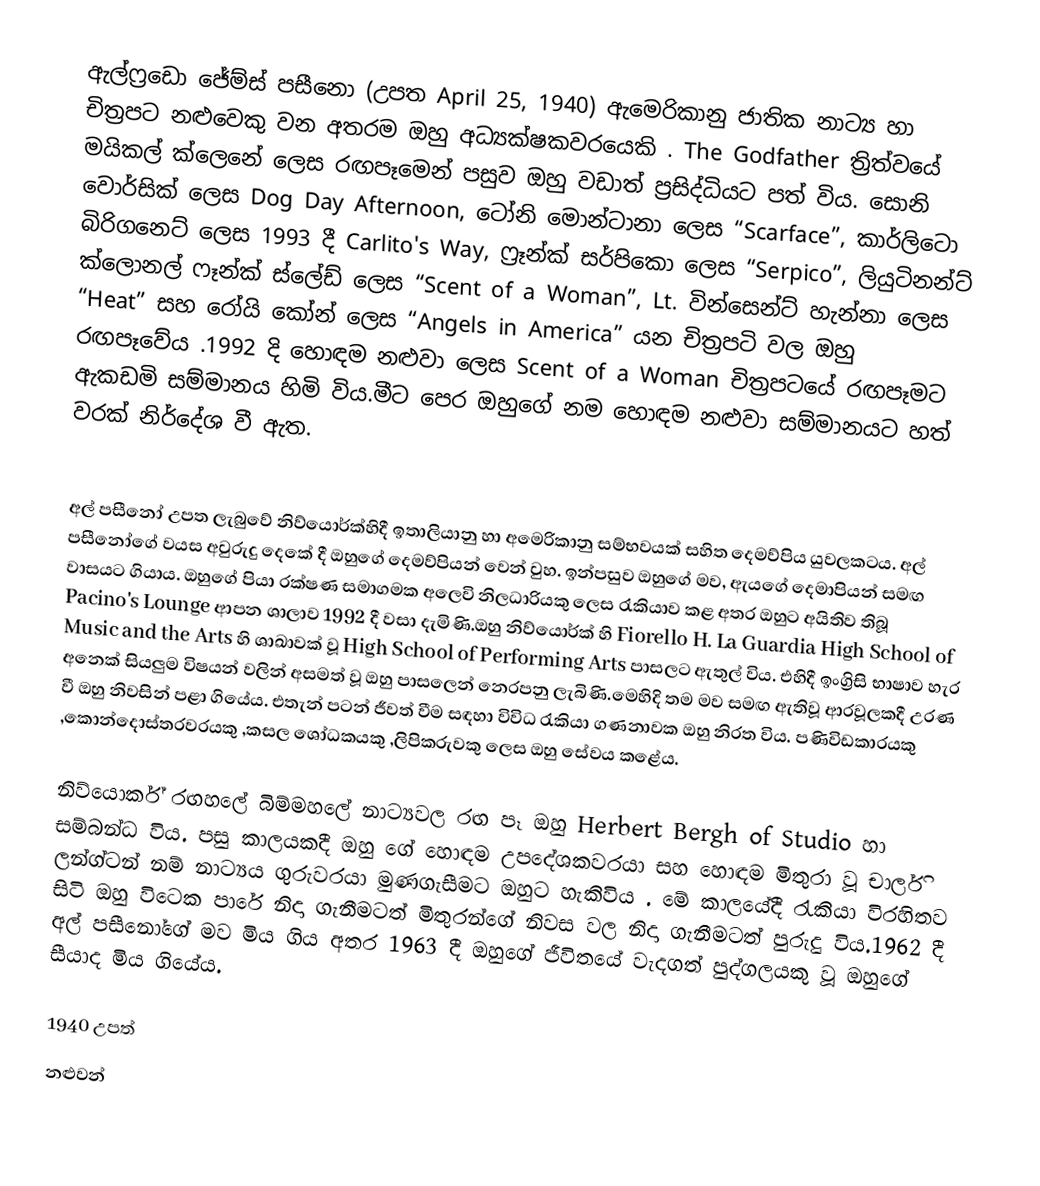
ඇල්ෆ්‍රඩො ජේම්ස් පසීනො (උපත April 25, 1940) ඇමෙරිකානු ජාතික නාට්‍ය හා චිත්‍රපට නළුවෙකු වන අතරම ඔහු  අධ්‍යක්ෂකවරයෙකි . The Godfather ත්‍රිත්වයේ මයිකල් ක්ලෙනේ ලෙස රඟපෑමෙන් පසුව ඔහු වඩාත් ප්‍රසිද්ධියට පත් විය. සොනි වොර්සික් ලෙස Dog Day Afternoon, ටෝනි මොන්ටානා ලෙස “Scarface”, කාර්ලිටො බිරිගනෙට් ලෙස 1993 දී Carlito's Way, ෆ්‍රෑන්ක් සර්පිකො ලෙස “Serpico”, ලියුටිනන්ට් ක්ලොනල් ෆෑන්ක් ස්ලේඩ් ලෙස “Scent of a Woman”, Lt. වින්සෙන්ට් හැන්නා ලෙස “Heat” සහ රෝයි කෝන් ලෙස “Angels in America” යන චිත්‍රපටි වල ඔහු රඟපෑවේය .1992 දි හොඳම නළුවා ලෙස Scent of a Woman චිත්‍රපටයේ රඟපෑමට  ඇකඩමි සම්මානය හිමි විය.මීට පෙර ඔහුගේ නම හොඳම නළුවා සම්මානයට හත් වරක් නිර්දේශ වී ඇත.

අල් පසීනෝ උපත ලැබුවේ  නිව්යොර්ක්හිදී ඉතාලියානු හා අමෙරිකානු සම්භවයක් සහිත දෙමව්පිය යුවලකටය. අල් පසීනෝගේ වයස අවුරුදු දෙකේ දී ඔහුගේ දෙමව්පියන් වෙන් වුහ. ඉන්පසුව ඔහුගේ මව, ඇයගේ දෙමාපියන් සමඟ වාසයට ගියාය. ඔහුගේ පියා රක්ෂණ සමාගමක අලෙවි නිලධාරියකු ලෙස රැකියාව කළ අතර ඔහුට අයිතිව තිබූ Pacino's Lounge ආපන ශාලාව 1992 දී වසා දැමිණි.ඔහු නිව්යොර්ක් හි   Fiorello H. La Guardia High School of Music and the Arts හි ශාඛාවක් වූ   High School of Performing Arts  පාසලට  ඇතුල් විය. එහිදී ඉංග්‍රිසි භාෂාව හැර අනෙක් සියලුම විෂයන් වලින් අසමත් වූ ඔහු පාසලෙන් නෙරපනු ලැබිණි.මෙහිදි තම මව සමඟ ඇතිවූ ආරවූලකදී උරණ වී ඔහු නිවසින් පළා ගියේය. එතැන් පටන් ජීවත් වීම සඳහා විවිධ රැකියා ගණනාවක ඔහු නිරත විය. පණිවිඩකාරයකු ,කොන්දොස්තරවරයකු ,කසල ශෝධකයකු ,ලිපිකරුවකු ලෙස ඔහු සේවය කළේය.

නිව්යොර්ක් රඟහලේ බිම්මහලේ නාට්‍යවල රඟ පෑ ඔහු Herbert Bergh of Studio හා සම්බන්ධ විය. පසු කාලයකදී ඔහු ගේ හොඳම උපදේශකවරයා සහ හොඳම මිතුරා වූ චාර්ලි ලන්ග්ටන් නම් නාට්‍යය ගුරුවරයා මුණගැසීමට ඔහුට හැකිවිය . මේ කාලයේදී රැකියා විරහිතව සිටි ඔහු විටෙක පාරේ නිදා ගැනීමටත් මිතුරන්ගේ නිවස වල නිදා ගැනීමටත් පුරුදු විය.1962 දී අල් පසීනෝගේ මව මිය ගිය අතර 1963 දී ඔහුගේ ජීවිතයේ වැදගත් පුද්ගලයකු වූ ඔහුගේ සීයාද මිය ගියේය.

1940 උපත්
නළුවන්